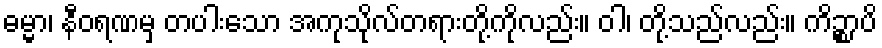
ဓမ္မာ၊ နီဝရဏမှ တပါးသော အကုသိုလ်တရားတို့ကိုလည်း။ ဝါ၊ တို့သည်လည်း။ ကိဉ္စာပိ